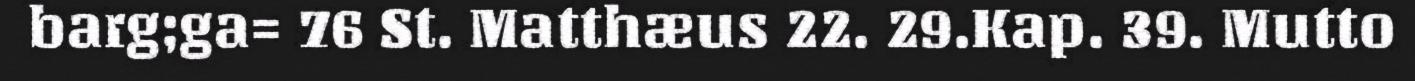
barg;ga= 76 St. Matthæus 22. 29.Kap. 39. Mutto